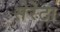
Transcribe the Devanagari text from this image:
सेरेटा